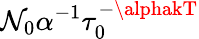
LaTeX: \mathcal{N}_{0}\alpha^{-1}\tau_{0}^{-\alphakT}